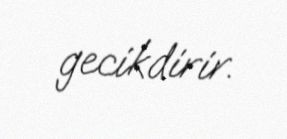
gecikdirir.